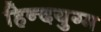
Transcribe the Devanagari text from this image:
हिन्दयुग्म